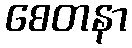
စေတနာ